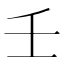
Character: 壬